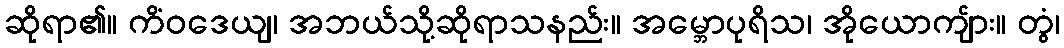
ဆိုရာ၏။ ကိံဝဒေယျ၊ အဘယ်သို့ဆိုရာသနည်း။ အမ္ဘောပုရိသ၊ အိုယောကျ်ား။ တွံ၊